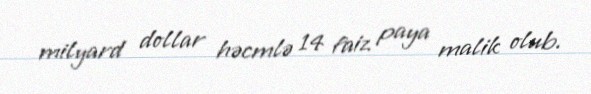
milyard dollar həcmlə 14 faiz paya malik olub.